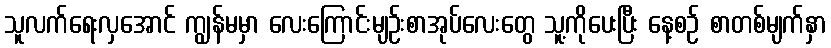
သူလက်ရေးလှအောင် ကျွန်မမှာ လေးကြောင်းမျဉ်းစာအုပ်လေးတွေ သူ့ကိုပေးပြီး နေ့စဉ် စာတစ်မျက်နှာ